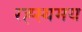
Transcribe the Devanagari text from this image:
रह्स्यमय